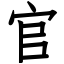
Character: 官